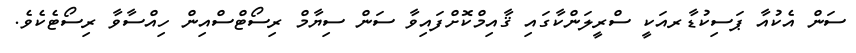
ސަން އެކުއާ ޕަސިކުޑާރއަކީ ސްރީލަންކާގައި ޤާއިމްކޮށްފައިވާ ސަން ސިޔާމް ރިސޯޓްސްއިން ހިއްސާވާ ރިސޯޓެކެވެ.